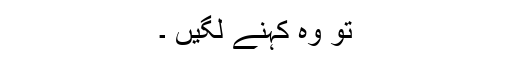
تو وہ کہنے لگیں ۔